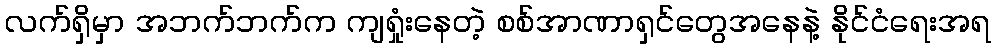
လက်ရှိမှာ အဘက်ဘက်က ကျရှုံးနေတဲ့ စစ်အာဏာရှင်တွေအနေနဲ့ နိုင်ငံရေးအရ